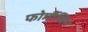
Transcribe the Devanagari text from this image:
फोर्मीलिन